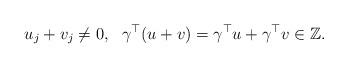
LaTeX: \begin{align*}u_j+v_j\neq 0, \ \ \gamma^{\top}(u+v)=\gamma^{\top}u+\gamma^{\top}v \in \mathbb{Z}.\end{align*}